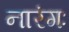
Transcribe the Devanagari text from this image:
नारंगः